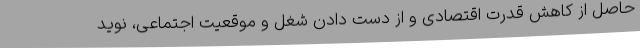
حاصل از کاهش قدرت اقتصادی و از دست دادن شغل و موقعیت اجتماعی، نوید